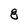
Character: 8